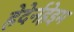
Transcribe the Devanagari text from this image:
हेदेर्नहेइम